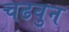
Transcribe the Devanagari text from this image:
चढवुन